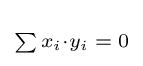
\scriptstyle \sum {x_{i}\cdot y_{i}}\;=\;0